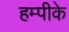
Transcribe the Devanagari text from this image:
हम्पीके